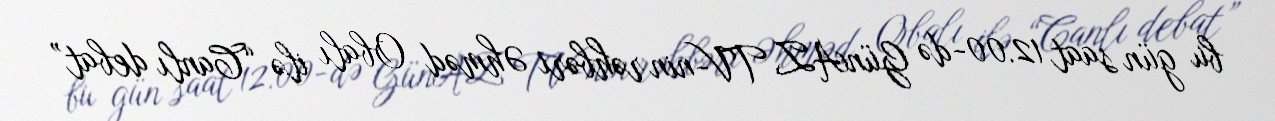
bu gün saat 12.00-də GünAZ TV-nin rəhbəri Əhməd Obalı ilə “Canlı debat”